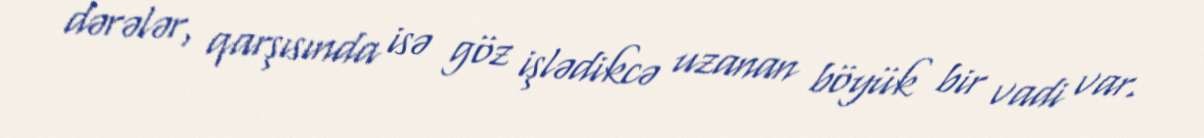
dərələr, qarşısında isə göz işlədikcə uzanan böyük bir vadi var.